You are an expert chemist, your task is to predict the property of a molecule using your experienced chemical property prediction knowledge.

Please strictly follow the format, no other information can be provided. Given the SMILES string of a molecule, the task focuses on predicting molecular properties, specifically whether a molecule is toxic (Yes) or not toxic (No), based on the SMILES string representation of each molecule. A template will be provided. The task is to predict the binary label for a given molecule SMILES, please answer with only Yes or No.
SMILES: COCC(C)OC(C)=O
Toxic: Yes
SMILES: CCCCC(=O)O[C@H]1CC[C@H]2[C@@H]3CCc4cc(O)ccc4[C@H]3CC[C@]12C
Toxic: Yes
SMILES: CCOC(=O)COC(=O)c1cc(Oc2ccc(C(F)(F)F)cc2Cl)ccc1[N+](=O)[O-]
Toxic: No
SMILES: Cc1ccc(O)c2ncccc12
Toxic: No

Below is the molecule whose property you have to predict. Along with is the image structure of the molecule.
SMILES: CC(CC=O)c1ccccc1
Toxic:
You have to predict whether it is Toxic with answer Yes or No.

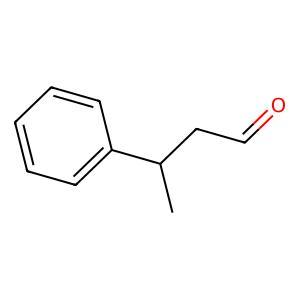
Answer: No